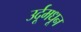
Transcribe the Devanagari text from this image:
उर्दूमधून